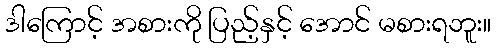
ဒါကြောင့် အစားကို ပြည့်နှင့် အောင် မစားရဘူး။